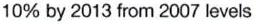
10% by 2013 from 2007 levels